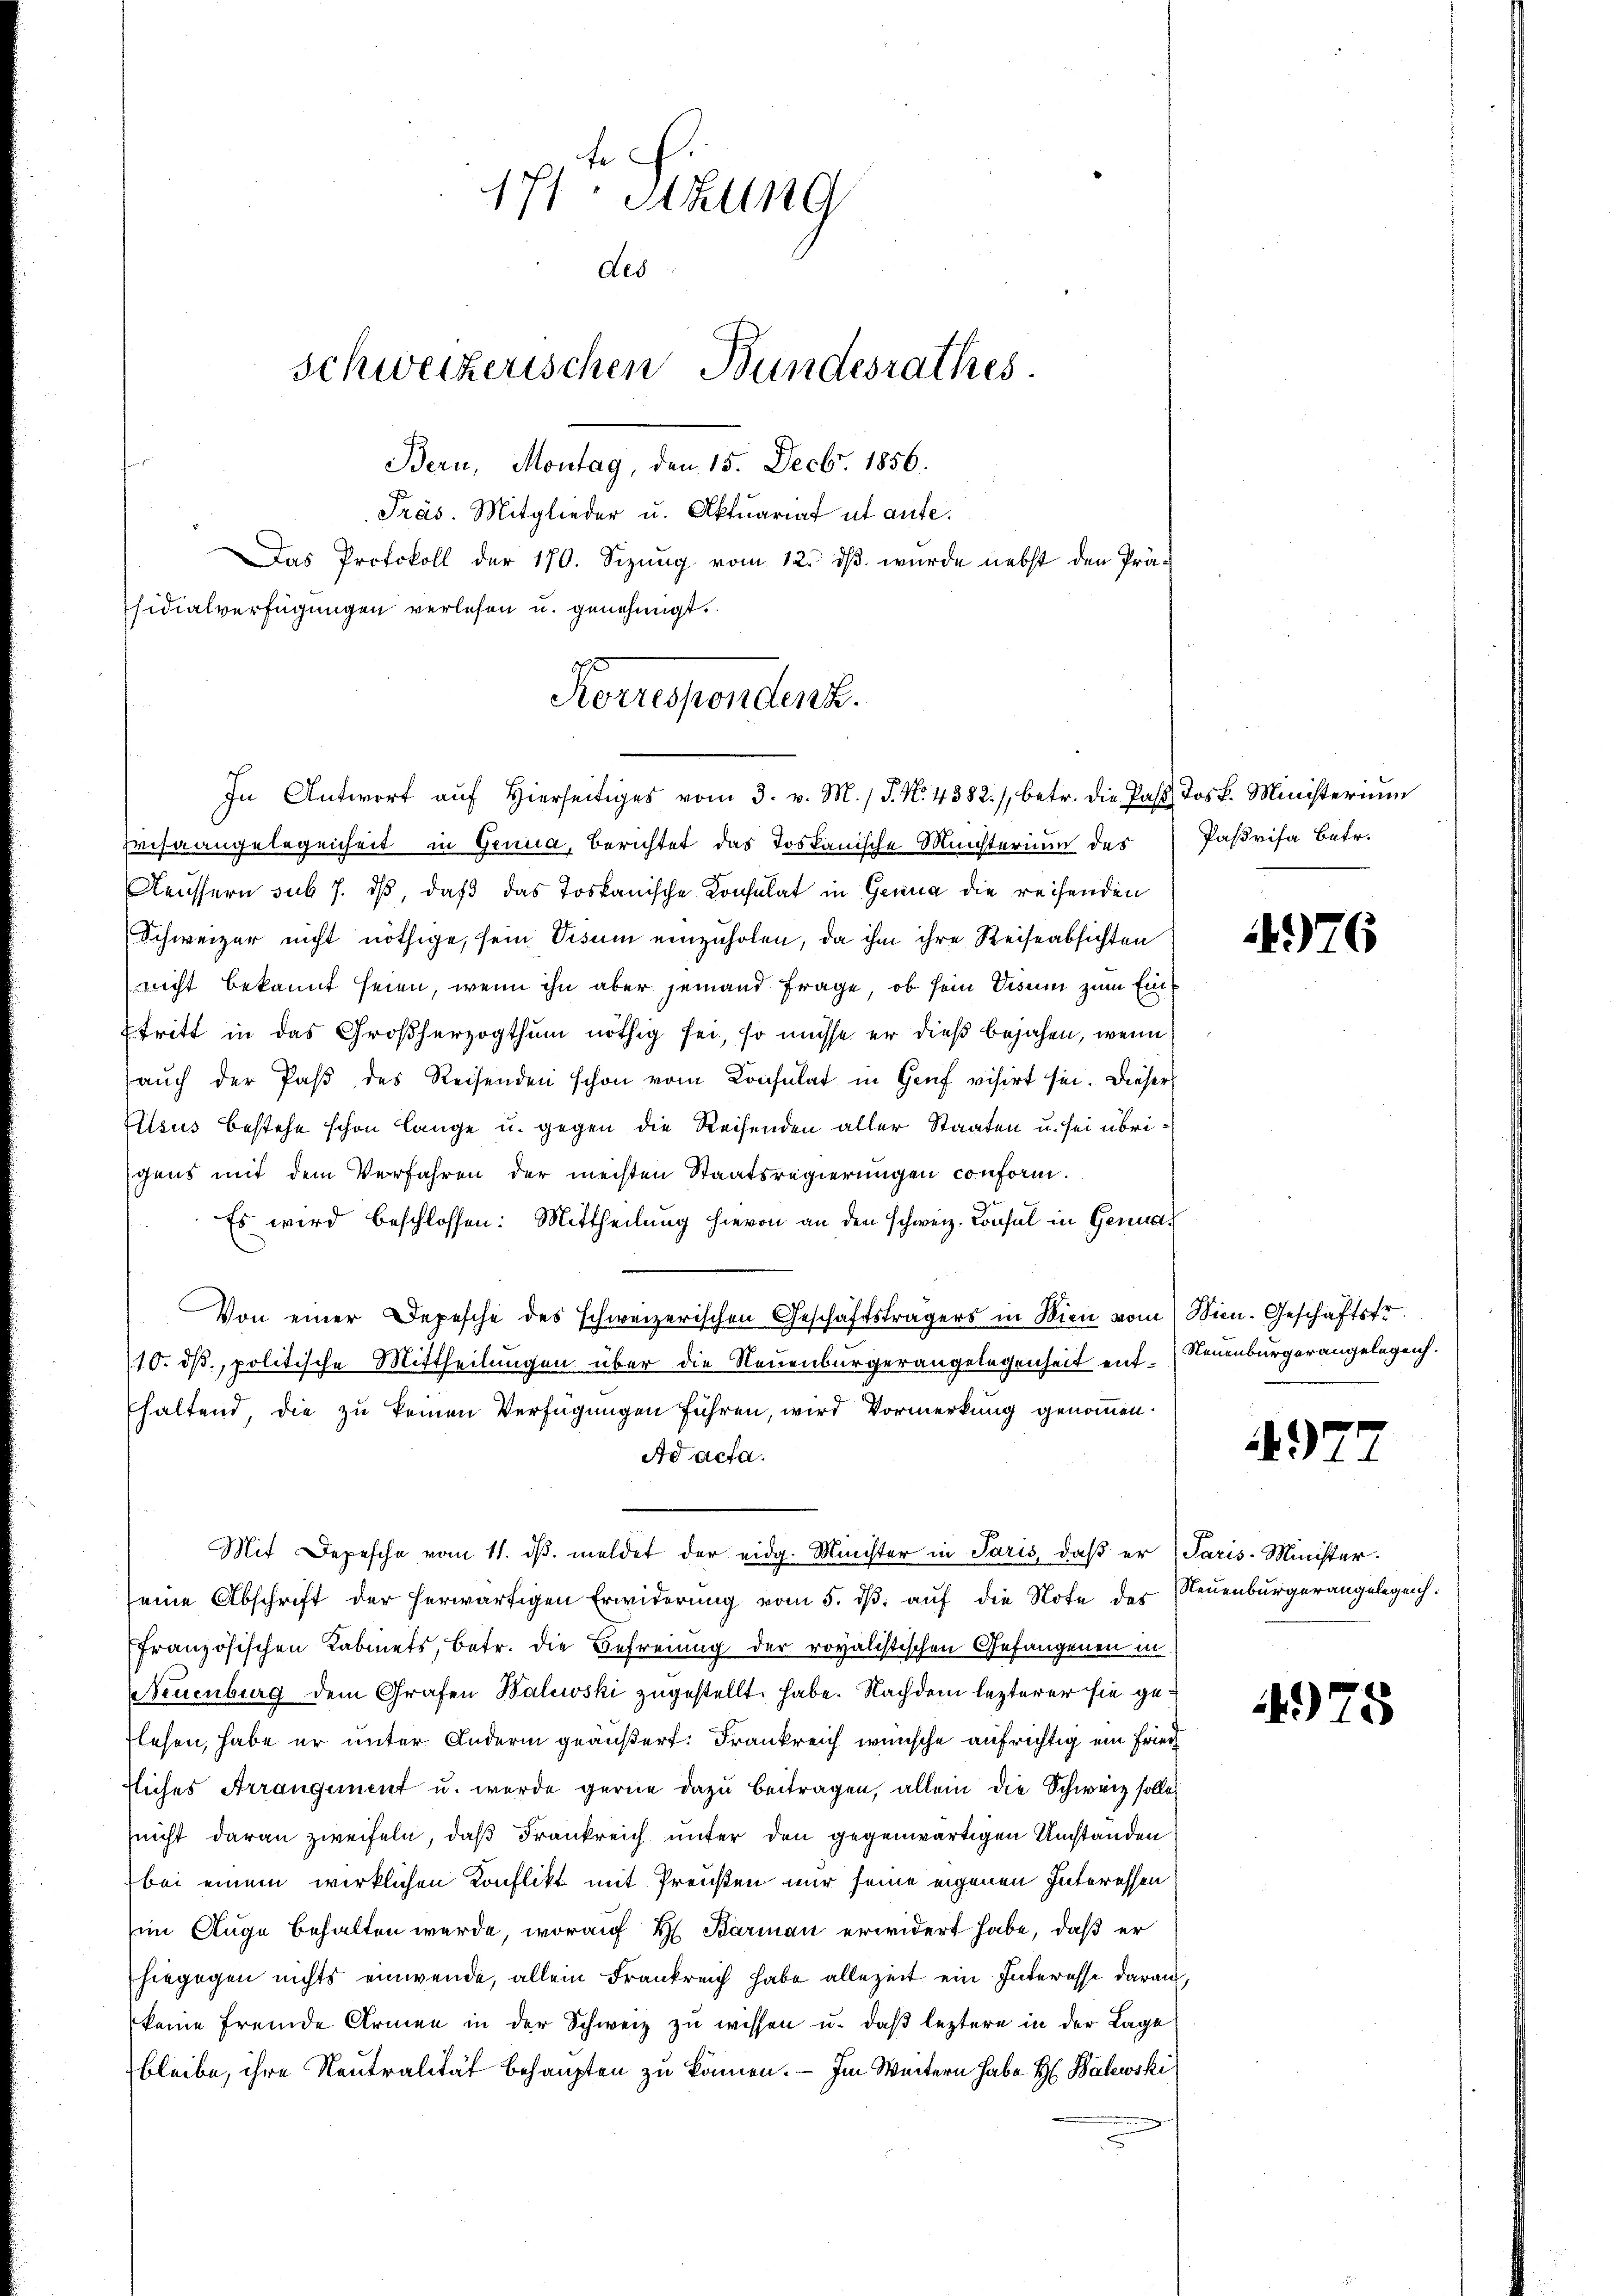
71: Stell
des
schweizerischen Bundesrathes.
Bern, Montag, den 15. Decbr. 1856.
Präs. Mitglieder u. Aktuariat ut aufe.

sidialverfügungen verlesen u. genehmigt.
Korrespondenz.
In Antwort aŭf hierseitiges vom 3. v. M. J. N. 4382), betr. die Paβ Jos. Ministerium

Prisaangelegenheit in Genua, Berichtet das Toskanische Meisterium des
Aeussern sub 7. ds, daß das Toskanische Konsulat in Genua die reisenden
Schweizer nicht nöthige, sein Visum einzuholen, da ihm ihre Reiseabsichten
nicht bekannt seien, wenn ihn aber jemand Frage, ob sein Visum zum Ein¬
Etritt in das Großherzogthum nöthig sei, so müsse er dieß bejahen, wenn
auch der Paß des Reisenden schon vom Konsulat in Genf visirt sei. Dieser
Eisus bestehe schon lange u. gegen die Reisenden aller Staaten u. sei übrigens mit dem Verfahren der mechten Staatsregierungen conform.
Es wird beschlossen: Mittheilung hievon an den schweiz. Consul in Genua¬
Von einer Depesche des schweizerischen Geschäftsträgers in Wien vom Wien. Geschäftsfr.
10. dβ, politische Mittheilungen über die Neuenburgerangelegenheit ent- Neuenburgerangelegen.
haltend, die zu keinen Verfügungen führen, wird Vormerkung genommen.
Ad acta.
Mit Depesche vom 11. ds. meldet der eidg. Minister in Paris, daß er Paris-Minister.
seine Abschrift der herwärtigen Erwiderung vom 5. dβ aŭf die Note der Neuenburgerangelegenh
Französischen Kabinets, betr. die Befreiung der rovalistischen Gefangenen in
Neuenburg dem Grafen Haluski zugestellt habe. Nachdem lezterer sie gelesen, habe er unter Andern geäußert: Frankreich wünsche aufrichtig ein Fried
fliches Arrangement u. wurde gerne dazu beitragen, allein die Schweiz solle,
(nicht daran zweifeln, daß Frankreich unter den gegenwärtigen Umständen
bei einem wirklichen Konflikt mit Preußen nur seine eigenen Interessen
im Auge behalten werde, worauf H. Barman erwidert habe, daß er
hiegegen nichts einwende, allein Frankreich habe allezeit ein Interesse darauf,
keine fremde Armen in der Schweiz zu wissen u. daß leztere in der Lage
bleibe, ihre Neutralität behaupten zu können. — Im Weitern habe H. Balewski

Das Protokoll der 170. Sizŭng vom 12. dβ. wurde nebst den Prä-

Pasrisa Betr.

4976

)

4975